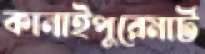
কানাইপুরেমার্ট